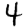
Digit: 4